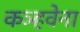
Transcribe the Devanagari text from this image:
कञ्हवेना